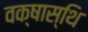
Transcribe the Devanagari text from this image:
वक्षास्थि